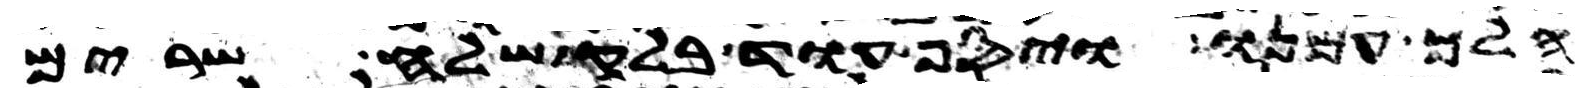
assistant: הלך עמנו ויסף עוד בלק שלח שרים